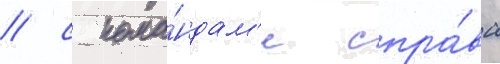
/ с кома́ндам'и спра́ва